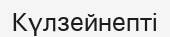
Күлзейнепті